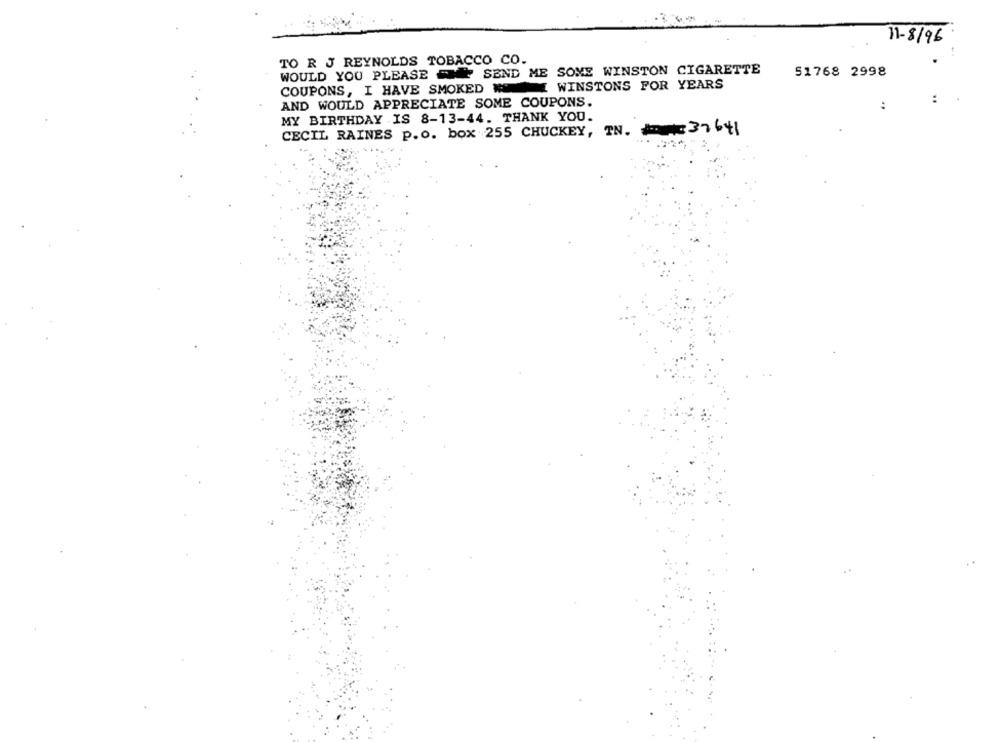
11-8/96
-.
TO R J REYNOLDS TOBACCO CO.
WOULD YOU PLEASE SEND ME SOME WINSTON CIGARETTE
51768 2998
COUPONS, I HAVE SMOKED E WINSTONS FOR YEARS
AND WOULD APPRECIATE SOME COUPONS.
:
:
MY BIRTHDAY IS 8-13-44. THANK YOU.
CECIL RAINES p.o. box 255 CHUCKEY, TN. # 37641